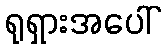
ရုရှားအပေါ်